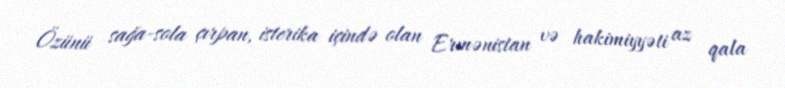
Özünü sağa-sola çırpan, isterika içində olan Ermənistan və hakimiyyəti az qala